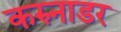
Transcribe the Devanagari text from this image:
करुनाडर